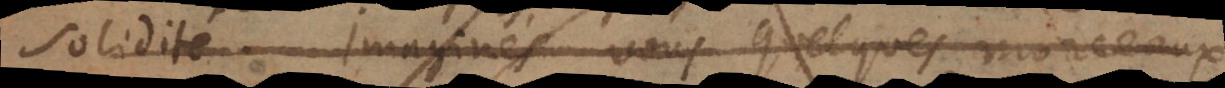
solidité. Imaginés vous quelques morceaux